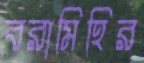
বরামিহির